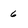
Character: 6